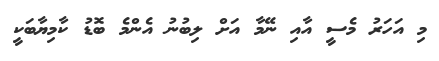
މި އަހަރު މެސީ އާއި ނޭމާ އަށް ލިބުނު އެންމެ ބޮޑު ކާމިޔާބަކީ